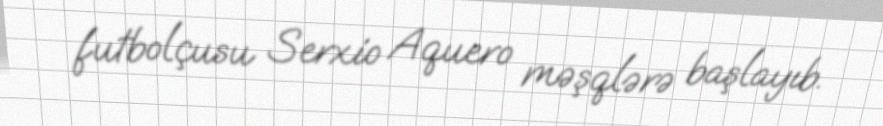
futbolçusu Serxio Aquero məşqlərə başlayıb.